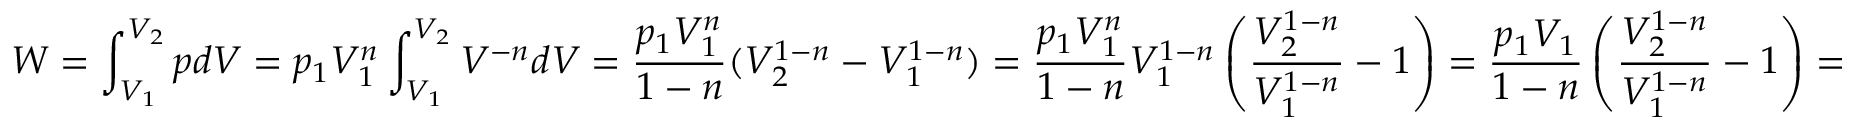
W = \int _ { V _ { 1 } } ^ { V _ { 2 } } p d V = p _ { 1 } V _ { 1 } ^ { n } \int _ { V _ { 1 } } ^ { V _ { 2 } } V ^ { - n } d V = { \frac { p _ { 1 } V _ { 1 } ^ { n } } { 1 - n } } ( V _ { 2 } ^ { 1 - n } - V _ { 1 } ^ { 1 - n } ) = { \frac { p _ { 1 } V _ { 1 } ^ { n } } { 1 - n } } V _ { 1 } ^ { 1 - n } \left( { \frac { V _ { 2 } ^ { 1 - n } } { V _ { 1 } ^ { 1 - n } } } - 1 \right) = { \frac { p _ { 1 } V _ { 1 } } { 1 - n } } \left( { \frac { V _ { 2 } ^ { 1 - n } } { V _ { 1 } ^ { 1 - n } } } - 1 \right) =